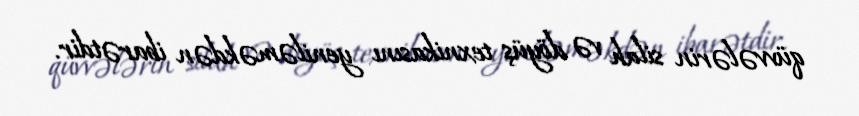
qüvvələrin silah və döyüş texnikasını yeniləməkdən ibarətdir.